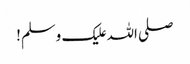
صلی اللہ علیک وسلم!